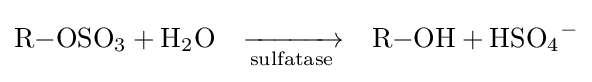
{\ce {R-OSO3 + H2O}}\quad {\xrightarrow[{\text{sulfatase}}]{}}\quad {\ce {R-OH + HSO4-}}